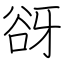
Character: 谺